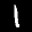
Label: 1